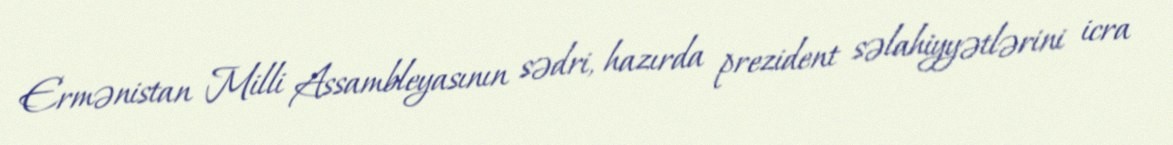
Ermənistan Milli Assambleyasının sədri, hazırda prezident səlahiyyətlərini icra